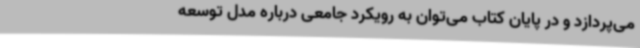
می‌پردازد و در پایان کتاب می‌توان به رویکرد جامعی درباره مدل توسعه